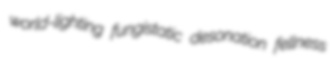
world-lighting fungistatic desonation fellness